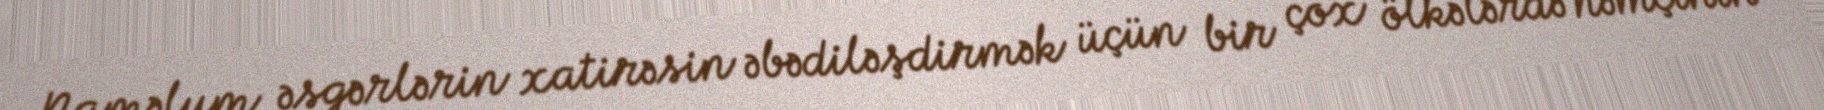
Naməlum əsgərlərin xatirəsin əbədiləşdirmək üçün bir çox ölkələrdə həmçinin